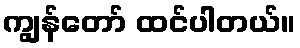
ကျွန်တော် ထင်ပါတယ်။